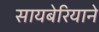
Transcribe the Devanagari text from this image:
सायबेरियाने